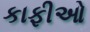
કાફીઓ